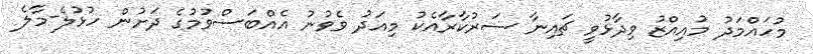
މުހައްމަދު މުއިއްޒު ވިދާޅުވީ ޗައިނާ ސަރުކާރާއެކު މިއަދު ވެވުނު އެއްބަސްވުމުގެ ދަށުން ހުޅުލެ-މާލެ